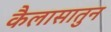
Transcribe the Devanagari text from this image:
कैलासातुन